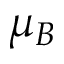
\mu _ { B }